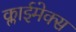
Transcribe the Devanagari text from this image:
क्लाईमेक्स